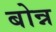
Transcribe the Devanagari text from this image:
बोन्न